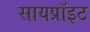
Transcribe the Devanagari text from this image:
सायप्रॉइट